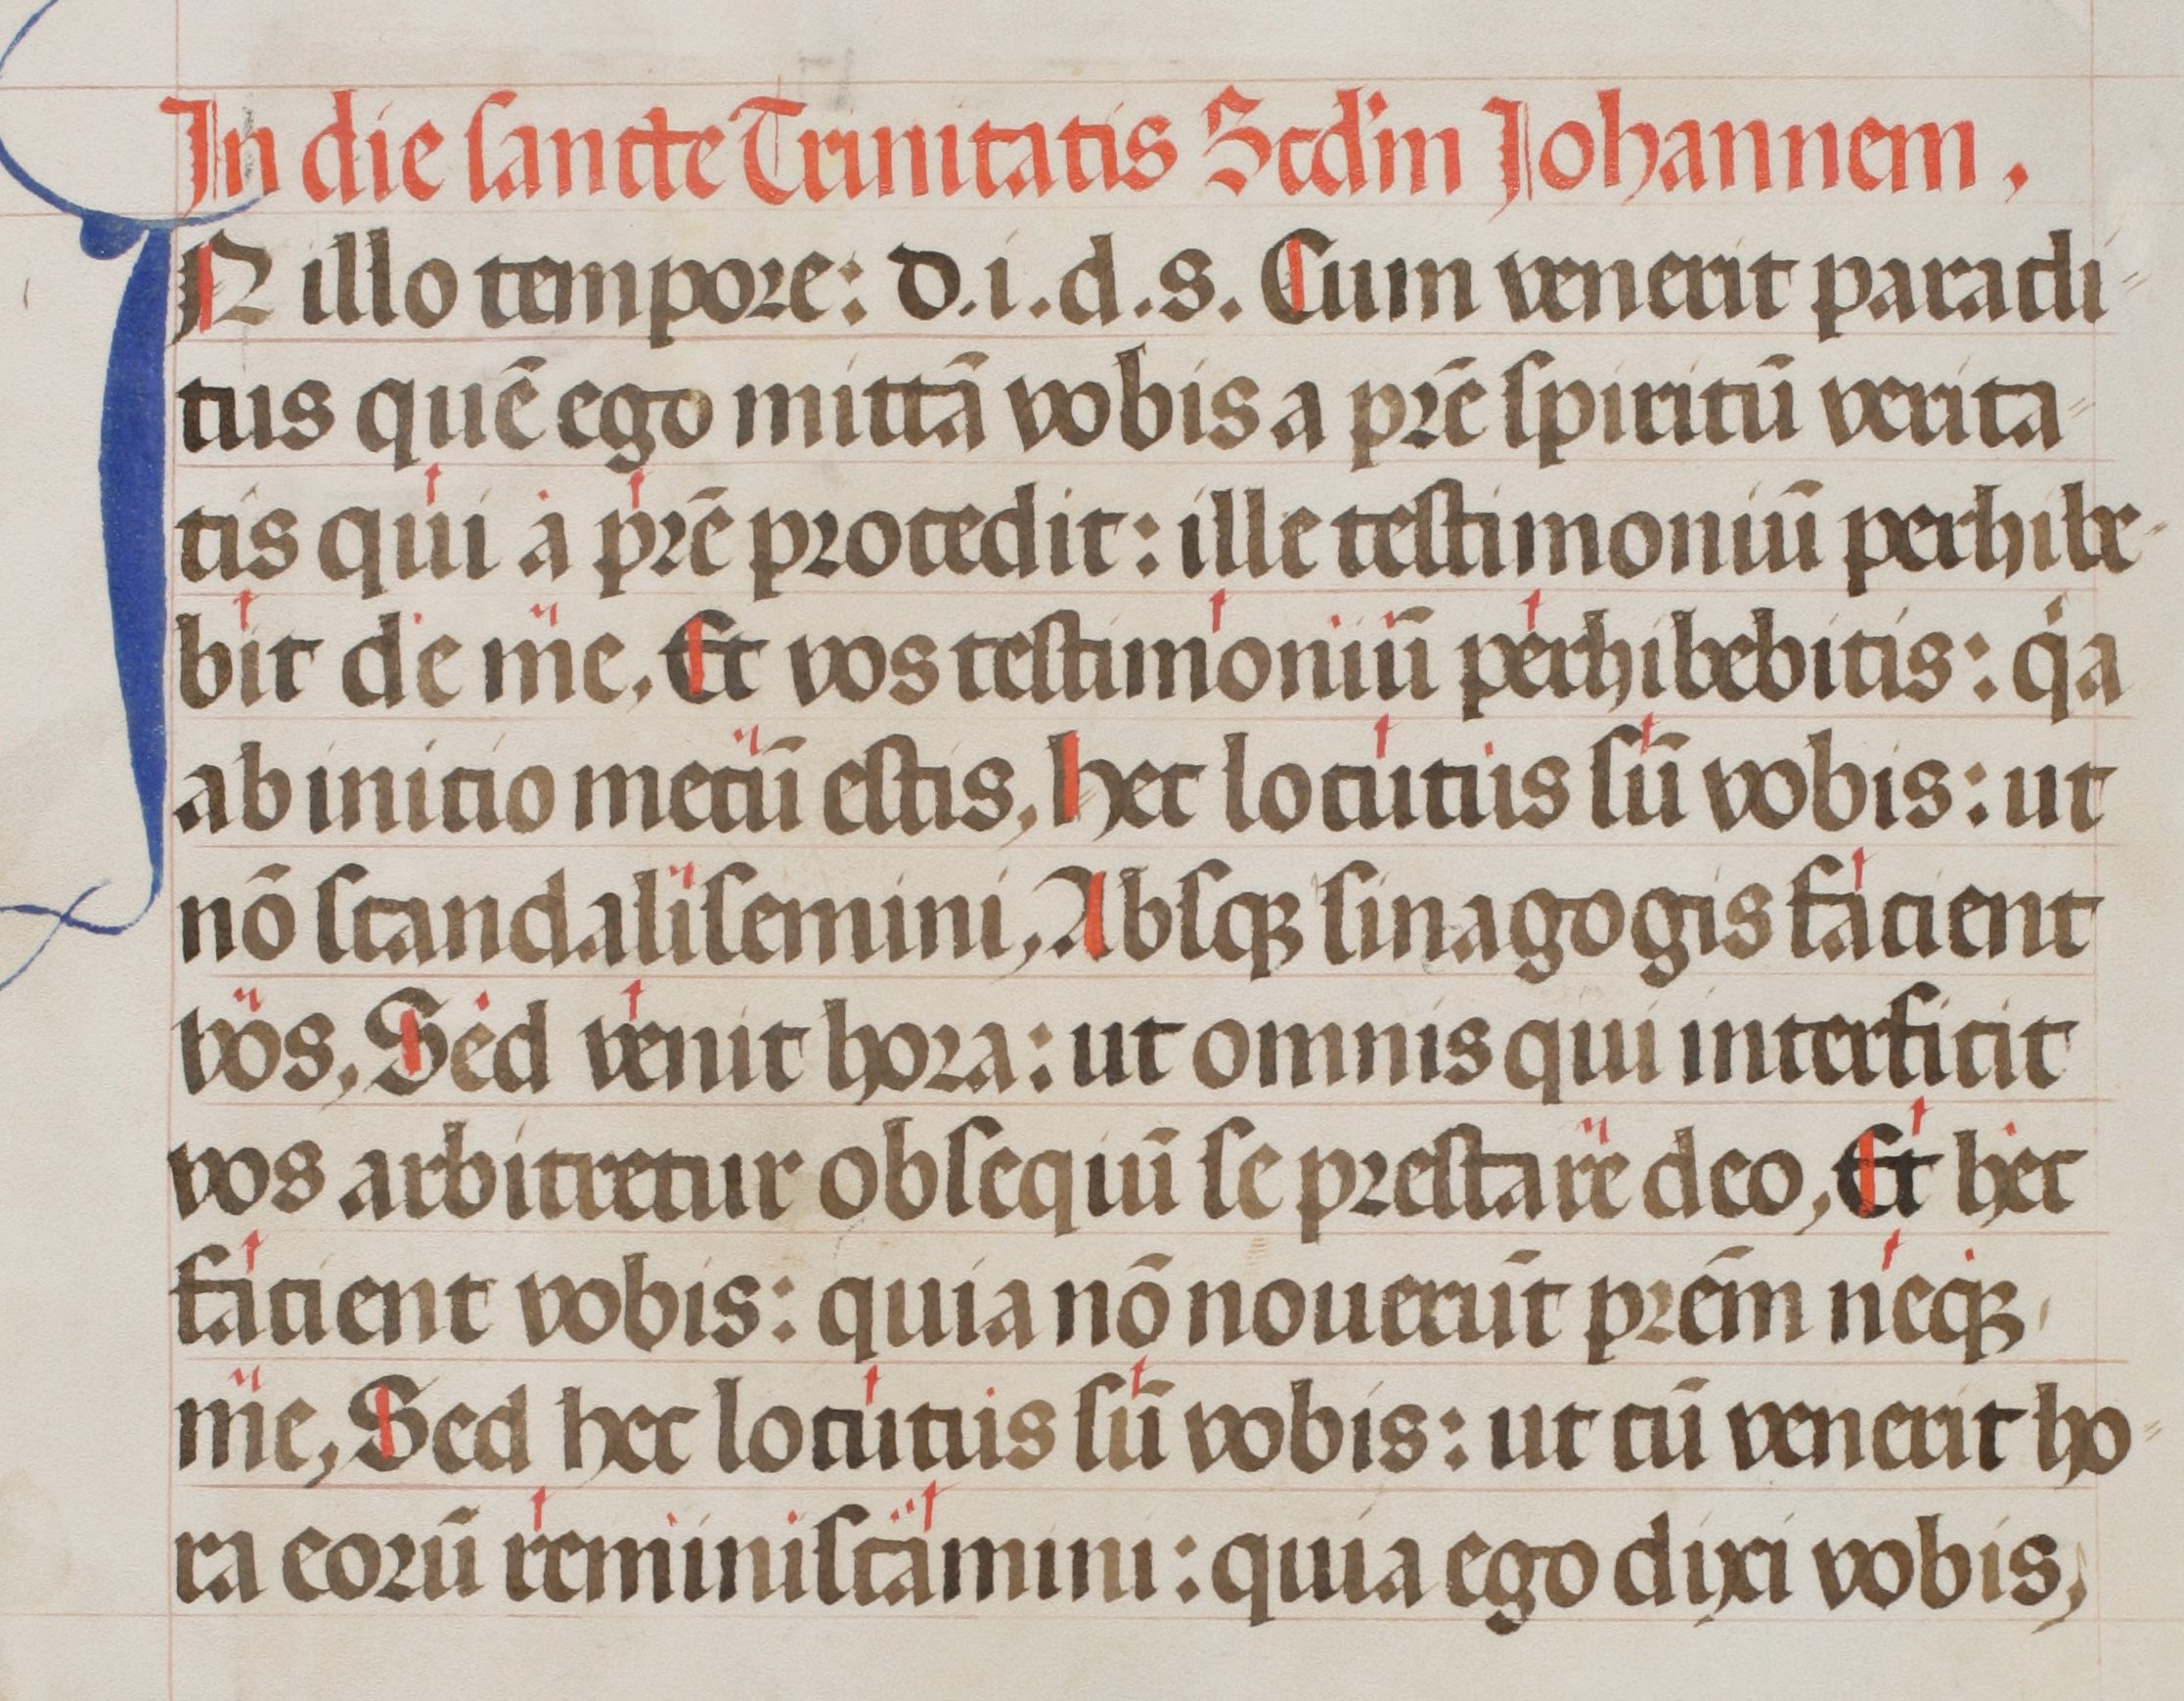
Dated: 1400–1499